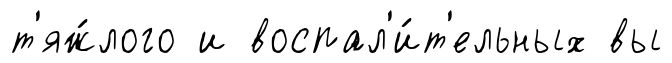
т'яж́лого и воспал'и́т'ельных вы